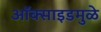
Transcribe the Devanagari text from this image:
ऑक्साइडमुळे